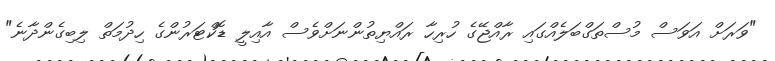
"ވަރަށް އަވަސް މުސްތަގްބަލެއްގައި ރާއްޖޭގެ ހުރިހާ ރައްޔިތުންނަށްވެސް އާއިލީ ޑޮކްޓަރުންގެ ހިދުމަތް ލިބިގެންދާނެ"